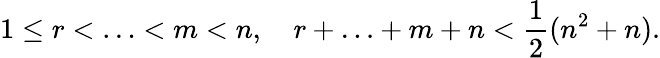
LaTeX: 1\leq r<\ldots<m<n,\quad r+\ldots+m+n<{\frac{1}{2}}(n^{2}+n).